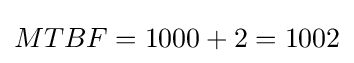
MTBF=1000+2=1002